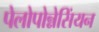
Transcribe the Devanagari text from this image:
पेलोपोन्नेसिंयन